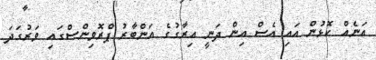
އަނެއް ކޮޅުން އައި އެސް އިން ދަނީ އިރާގުގެ އަންބާރު ޕްރޮވިންސްގައި ވަރުގަދަ